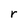
Character: r